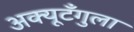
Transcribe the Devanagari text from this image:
अक्यूटँगुला